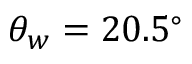
\theta _ { w } = 2 0 . 5 ^ { \circ }